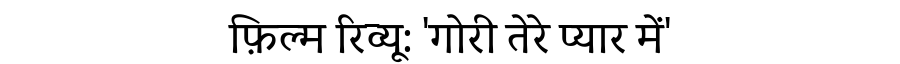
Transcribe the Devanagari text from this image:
फ़िल्म रिव्यू: 'गोरी तेरे प्यार में'